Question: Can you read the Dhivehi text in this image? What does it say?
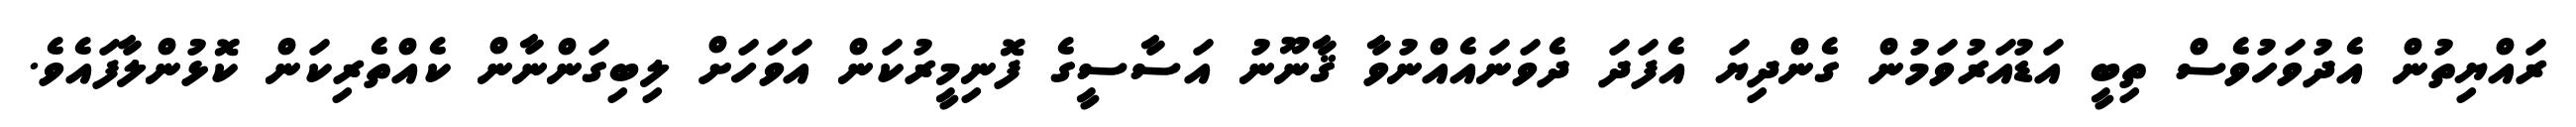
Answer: ރައްޔިތުން އެދުވަހުވެސް ތިބީ އަޑުއަރުވަމުން ގެންދިޔަ އެފަދަ ދެވަނައެއްނުވާ ޤާނޫނު އަސާސީގެ ފޮނިމީރުކަން އަވަހަށް ލިބިގަންނާން ކެއްތެރިކަން ކޮޅުންލާފައެވެ.